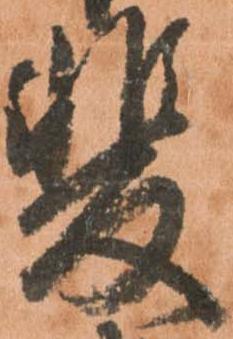
斐